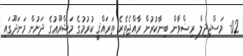
02- މަސްޖިދިލް ރިޟްވާން ބިނާކުރުން ރާއްޖެތެރެ ތަރައްޤީ ކުރުމުގެ މަޝްރޫޢުގެ ދަށުން މަނަދޫގައި